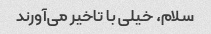
سلام، خیلی با تاخیر می‌آورند